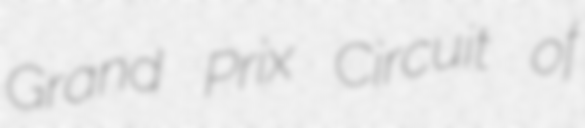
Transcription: Grand Prix Circuit of